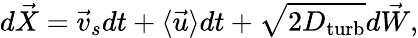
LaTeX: d\vec{X}=\vec{v}_{s}dt+\langle\vec{u}\rangle dt+\sqrt{2D_{\mathrm{turb}}}d\vec{W},